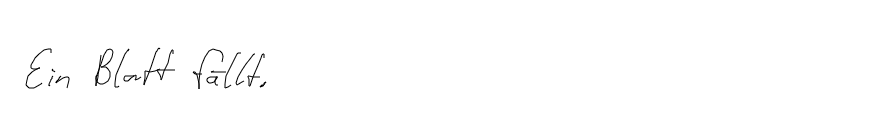
Ein Blatt fällt.